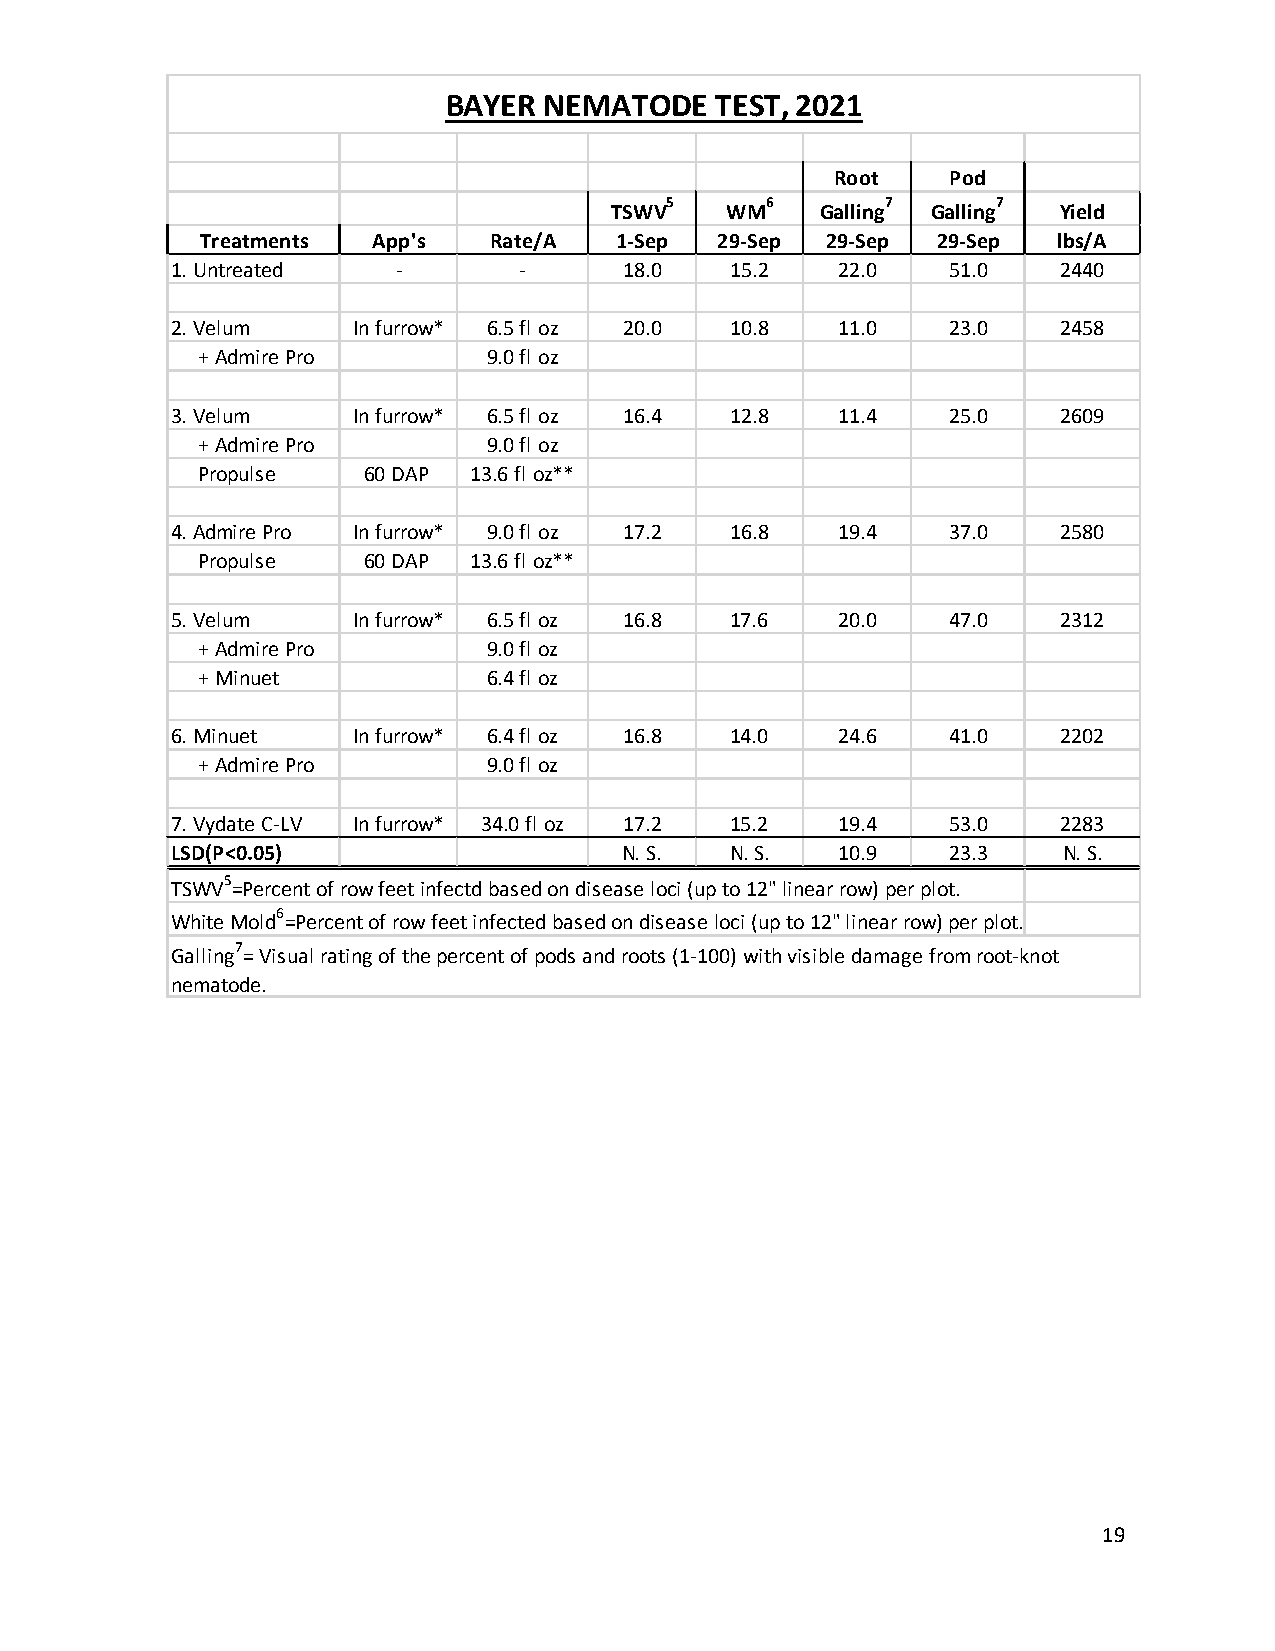
BAYER NEMATODE   TEST, 2021
 Root    Pod
 5      6       7      7
 TSWV    WM    Galling Galling Yield
 Treatments  App's  Rate/A   1-Sep 29-Sep  29-Sep 29-Sep  lbs/A
 1. Untreated   -       -      18.0   15.2   22.0    51.0   2440
 2. Velum    In furrow* 6.5 fl oz 20.0 10.8  11.0    23.0   2458
 + Admire Pro       9.0 fl oz
 3. Velum    In furrow* 6.5 fl oz 16.4 12.8  11.4    25.0   2609
 + Admire Pro       9.0 fl oz
 Propulse   60 DAP 13.6 fl oz**
 4. Admire Pro In furrow* 9.0 fl oz 17.2 16.8 19.4   37.0   2580
 Propulse   60 DAP 13.6 fl oz**
 5. Velum    In furrow* 6.5 fl oz 16.8 17.6  20.0    47.0   2312
 + Admire Pro       9.0 fl oz
 + Minuet           6.4 fl oz
 6. Minuet   In furrow* 6.4 fl oz 16.8 14.0  24.6    41.0   2202
 + Admire Pro       9.0 fl oz
 7. Vydate C-LV In furrow* 34.0 fl oz 17.2 15.2 19.4 53.0   2283
 LSD(P<0.05)                   N. S.  N. S.  10.9    23.3   N. S.
 5
 TSWV =Percent of row feet infectd based on disease loci (up to 12" linear row) per plot.
 6
 White Mold =Percent of row feet infected based on disease loci (up to 12" linear row) per plot.
 7
 Galling = Visual rating of the percent of pods and roots (1-100) with visible damage from root-knot
 nematode.
 19